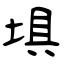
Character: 埧